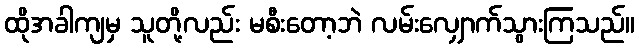
ထိုအခါကျမှ သူတို့လည်း မစီးတော့ဘဲ လမ်းလျှောက်သွားကြသည်။